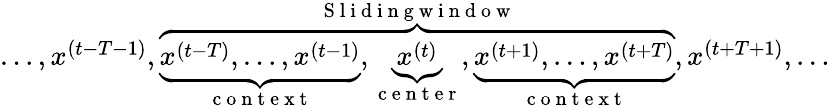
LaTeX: \begin{array}{r}{\ldots,x^{(t-T-1)},\overbrace{\underbrace{x^{(t-T)},\ldots,x^{(t-1)}}_{\mathrm{~c~o~n~t~e~x~t~}},\underbrace{x^{(t)}}_{\mathrm{~c~e~n~t~e~r~}},\underbrace{x^{(t+1)},\ldots,x^{(t+T)}}_{\mathrm{~c~o~n~t~e~x~t~}}}^{\mathrm{~S~l~i~d~i~n~g~w~i~n~d~o~w~}},x^{(t+T+1)},\ldots}\end{array}